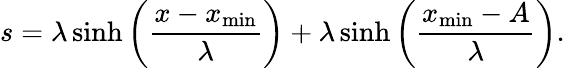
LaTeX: s=\lambda\sinh\left(\frac{x-x_{\mathrm{min}}}{\lambda}\right)+\lambda\sinh\left(\frac{x_{\mathrm{min}}-A}{\lambda}\right).